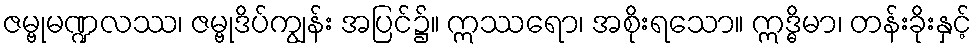
ဇမ္ဗုမဏ္ဍလဿ၊ ဇမ္ဗုဒိပ်ကျွန်း အပြင်၌။ ဣဿရော၊ အစိုးရသော။ ဣဒ္ဓိမာ၊ တန်းခိုးနှင့်